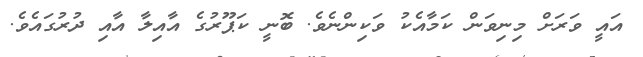
އައީ ވަރަށް މިނިވަން ކަމާއެކު ވަކިންނެވެ. ބޮނީ ކަޕޫރުގެ އާއިލާ އާއި ދުރުގައެވެ.